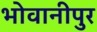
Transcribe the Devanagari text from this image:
भोवानीपुर